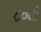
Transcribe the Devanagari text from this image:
८०वीं